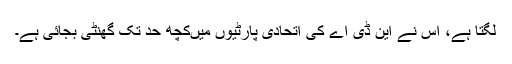
لگتا ہے، اس نے این ڈی اے کی اتحادی پارٹیوں میںکچھ حد تک گھنٹی بجائی ہے۔